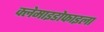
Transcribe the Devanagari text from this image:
क्लेमाइडोफाइला